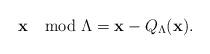
LaTeX: \begin{align*} \mathbf{x}\mod \Lambda = \mathbf{x}-Q_{\Lambda}(\mathbf{x}).\end{align*}